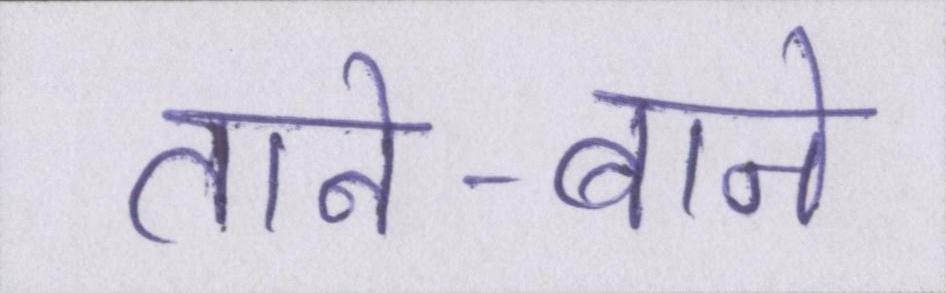
ताने-बाने